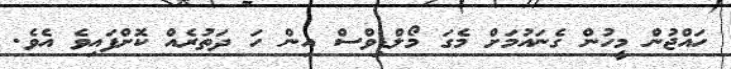
ހައްޖުން މީހުން ގެނައުމަށް މެގަ މޯލްޑިވްސް އިން ހަ ދަތުރެއް ކޮށްފައިވެ އެވެ.